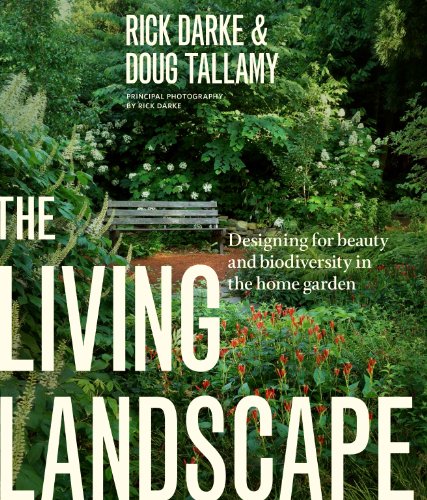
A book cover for The Living Landscape: Designing for Beauty and Biodiversity in the Home Garden; Rick Darke; Crafts, Hobbies & Home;